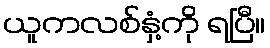
ယူကလစ်နှံ့ကို ရပြီ။